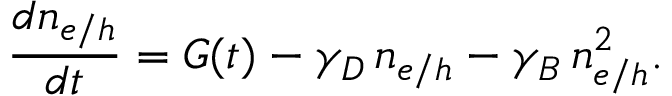
\frac { d n _ { e / h } } { d t } = G ( t ) - \gamma _ { D } \, n _ { e / h } - \gamma _ { B } \, n _ { e / h } ^ { 2 } .